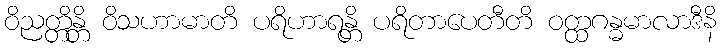
ဝိညတ္တိန္တိ ဝိသဟာမာတိ ပရိဟာရန္တိ ပရိတာပေတီတိ ဝတ္ထဂန္ဓမာလာဒီနိ